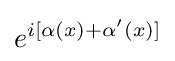
e^{i[\alpha (x)+\alpha '(x)]}